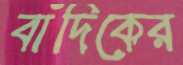
বাঁদিকের